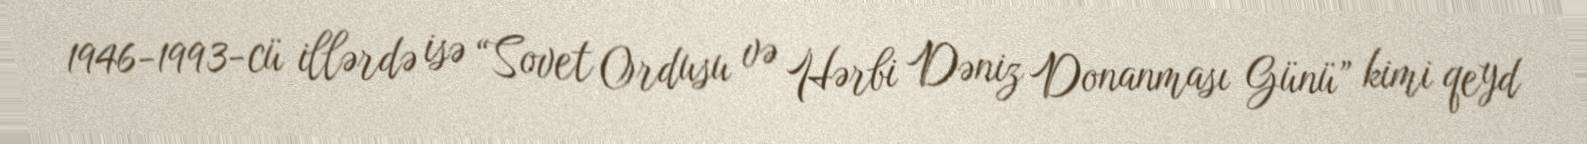
1946-1993-cü illərdə isə “Sovet Ordusu və Hərbi Dəniz Donanması Günü” kimi qeyd